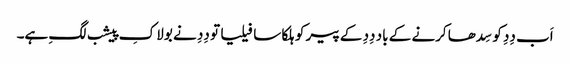
اَب دِدِ کو سِدھا کرنے کے باد دِدِ کے پیر کو ہلکا سا فیلیا تو دِدِ نے بولا کِ پیشب لگِ ہے۔